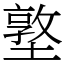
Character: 墪